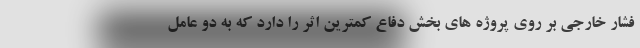
فشار خارجی بر روی پروژه های بخش دفاع کمترین اثر را دارد که به دو عامل